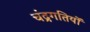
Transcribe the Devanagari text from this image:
चंद्रगतियों